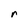
Character: r